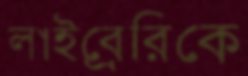
লাইব্রেরিকে